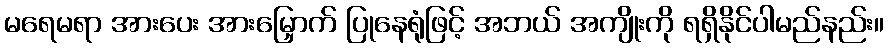
မရေမရာ အားပေး အားမြှောက် ပြုနေရုံဖြင့် အဘယ် အကျိုးကို ရရှိနိုင်ပါမည်နည်း။